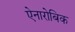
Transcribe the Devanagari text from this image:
ऐनारोबिक